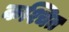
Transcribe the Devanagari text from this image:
कश्चित